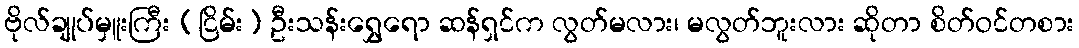
ဗိုလ်ချုပ်မှူးကြီး (ငြိမ်း) ဦးသန်းရွှေရော ဆန်ရှင်က လွတ်မလား၊ မလွတ်ဘူးလား ဆိုတာ စိတ်ဝင်တစား